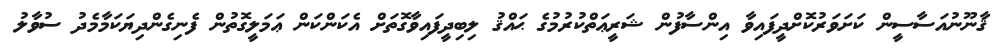
ޤާނޫނުއަސާސީން ކަށަވަރުކޮށްދީފައިވާ އިންސާފުން ޝަރީޢަތްކުރުމުގެ ޙައްޤު ލިބިދީފައިވާގޮތަށް އެކަންކަން ޢަމަލީގޮތުން ފެނިގެންދިޔަކަމާމެދު ސުވާލު